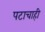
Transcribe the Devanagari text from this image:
पटाचाही